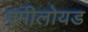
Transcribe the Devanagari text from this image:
एमीलोयड